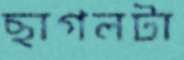
ছাগলটা